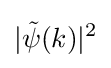
|{\tilde {\psi }}(k)|^{2}